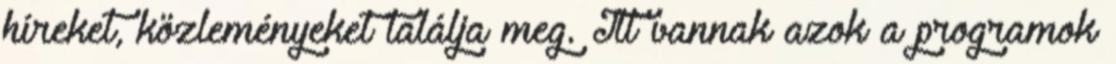
híreket, közleményeket találja meg. Itt vannak azok a programok